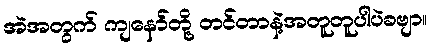
အဲအတွက် ကျနော်တို့ တင်တာနဲ့အတူတူပါပဲခဗျာ။